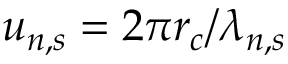
u _ { n , s } = 2 \pi r _ { c } / \lambda _ { n , s }